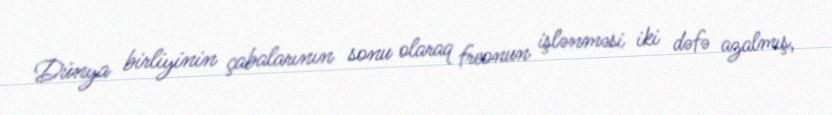
Dünya birliyinin çabalarının sonu olaraq freonun işlənməsi iki dəfə azalmış,